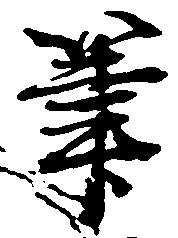
筆